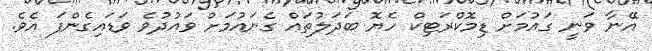
އޭނާ ވަނީ ގައުމަށް ޑިމޮކްރަޓިކް ހެޔޮ ބަދަލުތައް ގެނައުމަށް ވައުދުވެ ވަޑައިގެންފަ އެވެ.